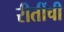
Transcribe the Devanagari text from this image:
रीतींची